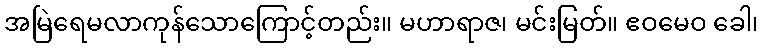
အမြဲရေမလာကုန်သောကြောင့်တည်း။ မဟာရာဇ၊ မင်းမြတ်။ ဧဝမေဝ ခေါ၊